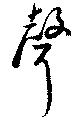
聲